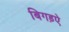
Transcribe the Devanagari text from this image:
बिगड़ऐ